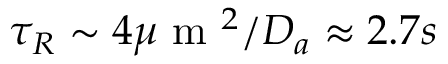
\tau _ { R } \sim 4 \mu \mathrm { ~ m ~ } ^ { 2 } / D _ { a } \approx 2 . 7 s